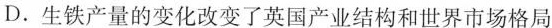
D.生铁产量的变化改变了英国产业结构和世界市场格局